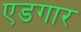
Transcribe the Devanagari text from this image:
एडगार